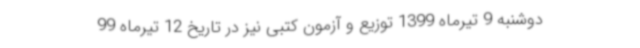
دوشنبه 9 تیرماه 1399 توزیع و آزمون کتبی نیز در تاریخ 12 تیرماه 99